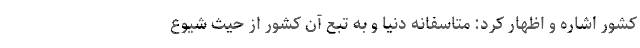
کشور اشاره و اظهار کرد: متاسفانه دنیا و به تبع آن کشور از حیث شیوع